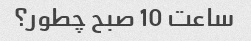
ساعت 10 صبح چطور؟